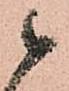
候